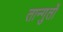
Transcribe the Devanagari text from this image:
तान्गुतों